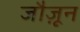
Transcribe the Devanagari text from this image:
जौज़ून